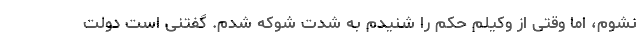
نشوم، اما وقتی از وکیلم حکم را شنیدم به شدت شوکه شدم. گفتنی است دولت